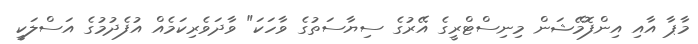
މާޕާ އާއި އިންފޮމޭޝަން މިނިސްޓްރީގެ އޭރުގެ ސިޔާސަތުގެ ވާހަކަ" ވާދަވެރިކަމެއް އުފެދުމުގެ އަސްލަކީ